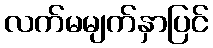
လက်မမျက်နှာပြင်